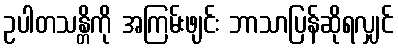
ဥပါတသန္တိကို အကြမ်းဖျင်း ဘာသာပြန်ဆိုရလျှင်